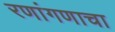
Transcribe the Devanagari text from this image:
रणांगणाचा